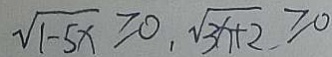
\sqrt { 1 - 5 x } \geq 0 , \sqrt { 3 x + 2 } \geq 0